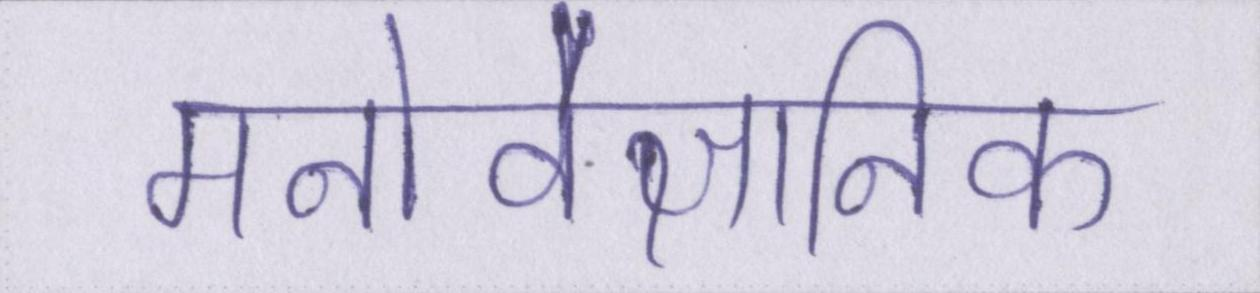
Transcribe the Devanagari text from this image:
मनोवैज्ञानिक